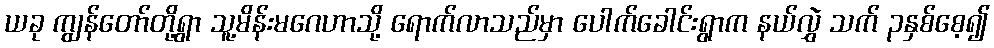
ယခု ကျွန်တော်တို့ရွာ သူ့မိန်းမဂေဟာသို့ ရောက်လာသည်မှာ ပေါက်ခေါင်းရွာက နယ်လွှဲ သက် ၃နှစ်စေ့၍